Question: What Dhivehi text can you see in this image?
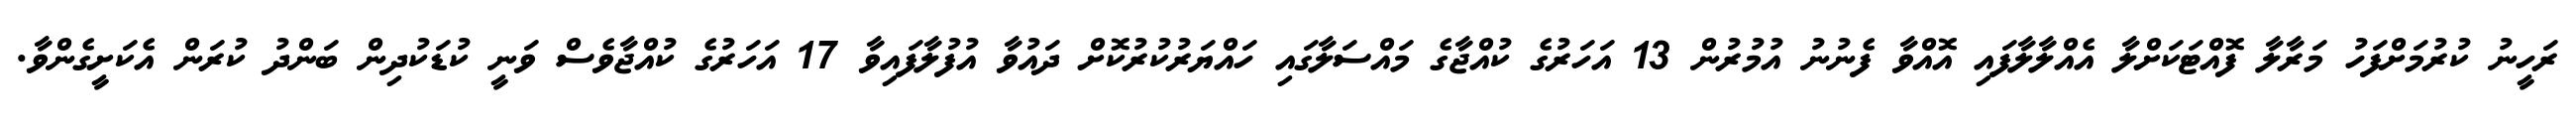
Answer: ރަހީނު ކުރުމަށްފަހު މަރާލާ ފޮއްޓަކަށްލާ އެއްލާލާފައި އޮއްވާ ފެނުނު އުމުރުން 13 އަހަރުގެ ކުއްޖާގެ މައްސަލާގައި ހައްޔަރުކުރުކޮށް ދައުވާ އުފުލާފައިވާ 17 އަހަރުގެ ކުއްޖާވެސް ވަނީ ކުޑަކުދިން ބަންދު ކުރަން އެކަށީގެންވާ.